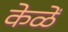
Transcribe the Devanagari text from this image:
केळें